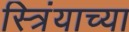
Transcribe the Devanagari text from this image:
स्त्रिंयाच्या